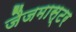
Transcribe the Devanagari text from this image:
जैजमास्टर